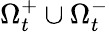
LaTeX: \Omega_{t}^{+}\cup\Omega_{t}^{-}